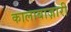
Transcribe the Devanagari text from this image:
कालाबाज़ारी